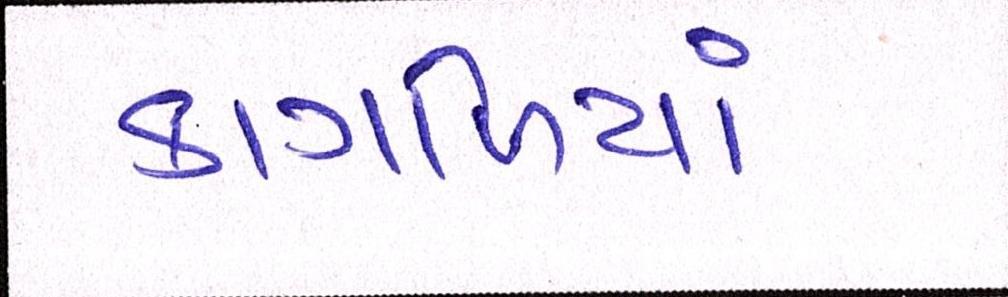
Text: કાગળિયાં